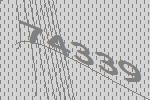
74339